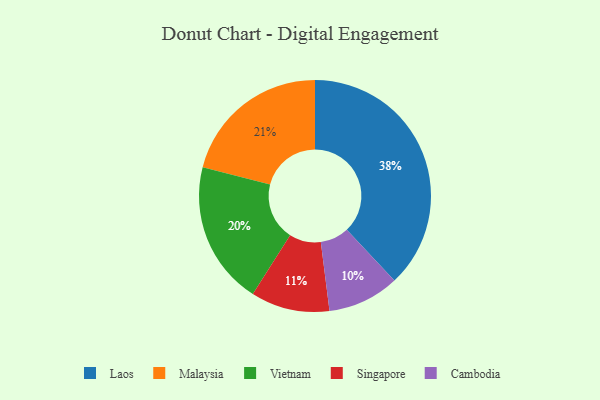
{"axis": {"x": "Category", "y": "Percentage"}, "legend": ["Cambodia", "Laos", "Malaysia", "Singapore", "Vietnam"], "data": [{"x": "Laos", "y": 38, "type": "Laos"}, {"x": "Cambodia", "y": 10, "type": "Cambodia"}, {"x": "Malaysia", "y": 21, "type": "Malaysia"}, {"x": "Vietnam", "y": 20, "type": "Vietnam"}, {"x": "Singapore", "y": 11, "type": "Singapore"}]}